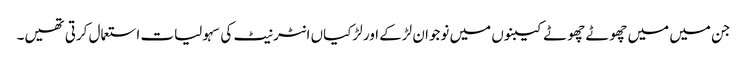
جن میں میں چھوٹے چھوٹے کیبنوں میں نوجوان لڑکے اور لڑکیاں انٹر نیٹ کی سہولیات استعمال کرتی تھیں۔